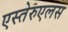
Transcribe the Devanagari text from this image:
एस्तेरुएलस